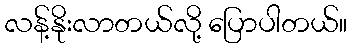
လန့်နိုးလာတယ်လို့ ပြောပါတယ်။